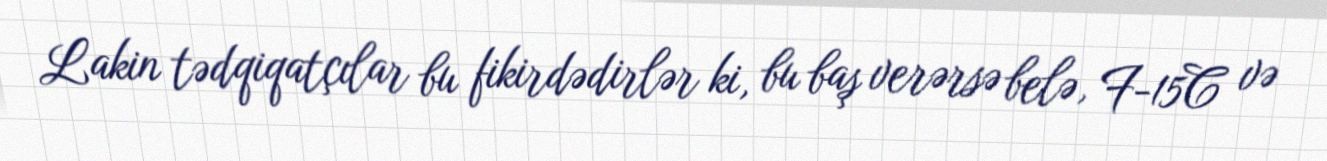
Lakin tədqiqatçılar bu fikirdədirlər ki, bu baş verərsə belə, F-15C və